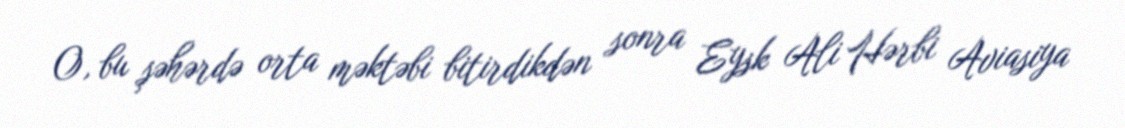
O, bu şəhərdə orta məktəbi bitirdikdən sonra Eysk Ali Hərbi Aviasiya